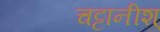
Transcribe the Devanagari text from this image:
चट्टानीश्